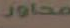
محاور